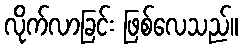
လိုက်လာခြင်း ဖြစ်လေသည်။